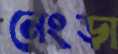
নেংড়া